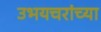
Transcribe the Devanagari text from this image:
उभयचरांच्या